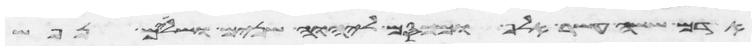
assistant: אדם ששה עשר אלף ומכסם ליהוה שנים ושלשים נפש